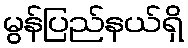
မွန်ပြည်နယ်ရှိ